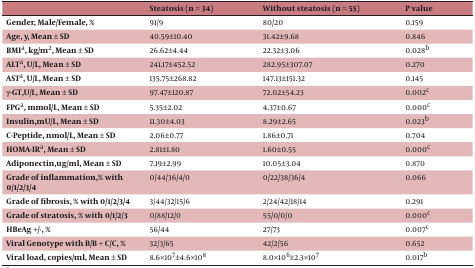
<table><thead><tr><td></td><td><b>Steatosis (n = 34)</b></td><td><b>Without steatosis (n = 55)</b></td><td><b>P value</b></td></tr></thead><tbody><tr><td><b>Gender, Male/Female, %</b></td><td>91/9</td><td>80/20</td><td>0.159</td></tr><tr><td><b>Age, y, Mean ± SD</b></td><td>40.59±10.40</td><td>31.42±9.68</td><td>0.846</td></tr><tr><td><b>BMIa, kg/m<sup>2</sup>, Mean ± SD</b></td><td>26.62±4.44</td><td>22.32±3.06</td><td>0.028b</td></tr><tr><td><b>ALTa, U/L, Mean ± SD</b></td><td>241.17±452.52</td><td>282.95±307.07</td><td>0.270</td></tr><tr><td><b>ASTa, U/L, Mean ± SD</b></td><td>135.75±268.82</td><td>147.13±151.32</td><td>0.145</td></tr><tr><td>γ-<b>GT,U/L, Mean ± SD</b></td><td>97.47±120.87</td><td>72.02±54.23</td><td>0.002c</td></tr><tr><td><b>FPGa, mmol/L, Mean ± SD</b></td><td>5.35±2.02</td><td>4.37±0.67</td><td>0.000c</td></tr><tr><td><b>Insulin,mU/L, Mean ± SD</b></td><td>11.30±4.03</td><td>8.29±2.65</td><td>0.023b</td></tr><tr><td><b>C-Peptide, nmol/L, Mean ± SD</b></td><td>2.06±0.77</td><td>1.86±0.71</td><td>0.704</td></tr><tr><td><b>HOMA-IRa, Mean ± SD</b></td><td>2.81±1.80</td><td>1.60±0.55</td><td>0.000c</td></tr><tr><td><b>Adiponectin,ug/ml, Mean ± SD</b></td><td>7.19±2.99</td><td>10.05±3.04</td><td>0.870</td></tr><tr><td><b>Grade of inflammation,% with 0/1/2/3/4</b></td><td>0/44/36/4/0</td><td>0/22/38/36/4</td><td>0.066</td></tr><tr><td><b>Grade of fibrosis, % with 0/1/2/3/4</b></td><td>3/44/32/15/6</td><td>2/24/42/18/14</td><td>0.291</td></tr><tr><td><b>Grade of steatosis, % with 0/1/2/3</b></td><td>0/88/12/0</td><td>55/0/0/0</td><td>0.000c</td></tr><tr><td><b>HBeAg +/-, %</b></td><td>56/44</td><td>27/73</td><td>0.007c</td></tr><tr><td><b>Viral Genotype with B/B + C/C, %</b></td><td>32/3/65</td><td>42/2/56</td><td>0.652</td></tr><tr><td><b>Viral load, copies/ml, Mean ± SD</b></td><td>8.6×10<sup>7</sup>±4.6×10<sup>8</sup></td><td>8.0×10<sup>6</sup>±2.3×10<sup>7</sup></td><td>0.017b</td></tr></tbody></table>